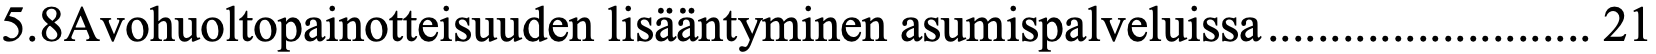
5.8Avohuoltopainotteisuuden lisääntyminen asumispalveluissa .......................... 21